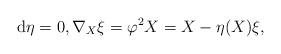
LaTeX: \begin{align*}{\rm d}\eta =0, \nabla_X \xi = \varphi^2 X = X- \eta(X)\xi,\end{align*}